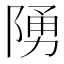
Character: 𨺳